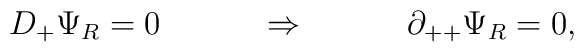
D_{+} \Psi_R = 0 ~~~ \qquad \Rightarrow  ~~~ \qquad\partial_{++} \Psi_R = 0,